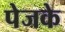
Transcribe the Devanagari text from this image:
पेजके